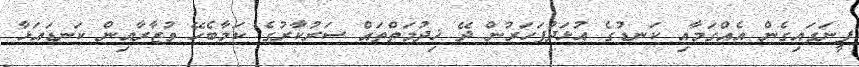
ފީނަގައިގެން އެއްގަމާއި ކަނޑުގެ އުޅަދުފަހަރުން ދޭ ޚިދުމަތްތައް ސަރުކާރުގެ ކަމާބެހޭ ވުޒާރާއިން ކަނޑައަޅާ